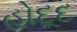
હોદૂદ